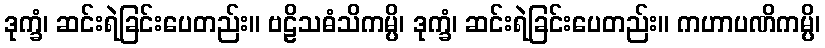
ဒုက္ခံ၊ ဆင်းရဲခြင်းပေတည်း။ ဗဠိသဓံသိကမ္ပိ၊ ဒုက္ခံ၊ ဆင်းရဲခြင်းပေတည်း။ ကဟာပဏိကမ္ပိ၊